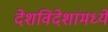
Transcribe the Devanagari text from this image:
देशविदेशांमध्ये